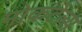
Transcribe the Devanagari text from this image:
मोकटेल्स